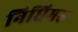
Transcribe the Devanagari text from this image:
निधिमरू